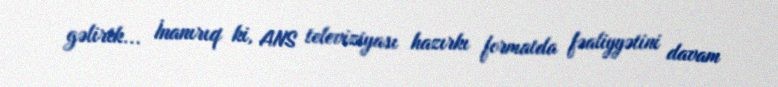
gəlirik... İnanırıq ki, ANS televiziyası hazırkı formatda fəaliyyətini davam